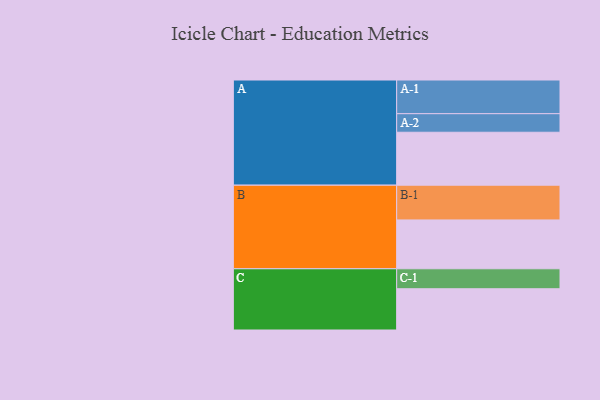
{"axis": {"x": "Segment", "y": "Value"}, "legend": ["", "A", "B", "C"], "data": [{"x": "A", "y": 448, "type": ""}, {"x": "B", "y": 413, "type": ""}, {"x": "C", "y": 349, "type": ""}, {"x": "A-1", "y": 285, "type": "A"}, {"x": "A-2", "y": 157, "type": "A"}, {"x": "B-1", "y": 294, "type": "B"}, {"x": "C-1", "y": 169, "type": "C"}]}